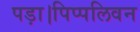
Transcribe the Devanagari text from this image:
पड़ा।पिप्पलिवन